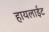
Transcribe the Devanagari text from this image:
हायलाईट